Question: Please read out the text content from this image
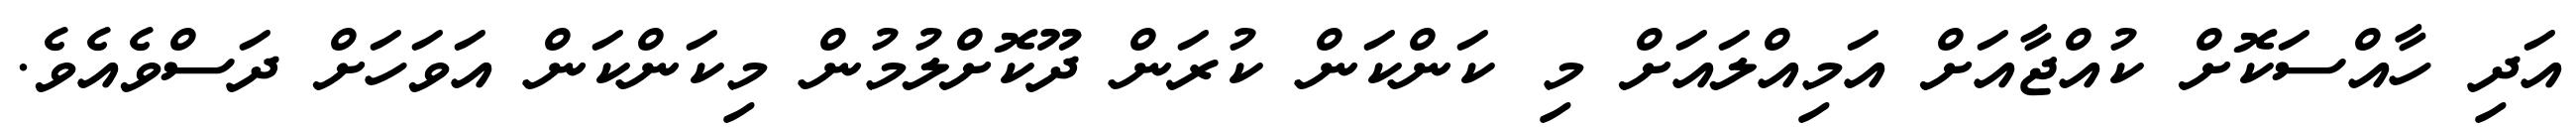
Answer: އަދި ހާއްސަކޮށް ކުއްޖާއަށް އަމިއްލައަށް މި ކަންކަން ކުރަން ދޫކޮށްލުމުން މިކަންކަން އަވަހަށް ދަސްވެއެވެ.